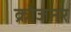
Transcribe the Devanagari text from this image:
क्रोजनर